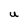
Character: U